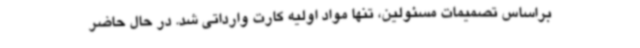
براساس تصمیمات مسئولین، تنها مواد اولیه کارت وارداتی شد. در حال حاضر